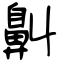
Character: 鼼